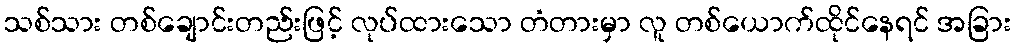
သစ်သား တစ်ချောင်းတည်းဖြင့် လုပ်ထားသော တံတားမှာ လူ တစ်ယောက်ထိုင်နေရင် အခြား